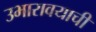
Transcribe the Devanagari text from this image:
उभारावयाची